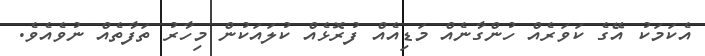
އެކަމަކު އޭގެ ކަވަރެއް ހުންގާނެއް މަޑިއެއް ފުރޮޅެއް ކުލައަކުން މިހާރު ތަފާތެއް ނުވެއެވެ.